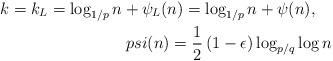
LaTeX: \begin{align*}k = k_L = \log_{1/p} n + \psi_L(n) = \log_{1/p} n + \psi(n), \ \ \ \\psi(n)=\frac 12 \left(1 -\epsilon \right) \log_{p/q}\log n\end{align*}